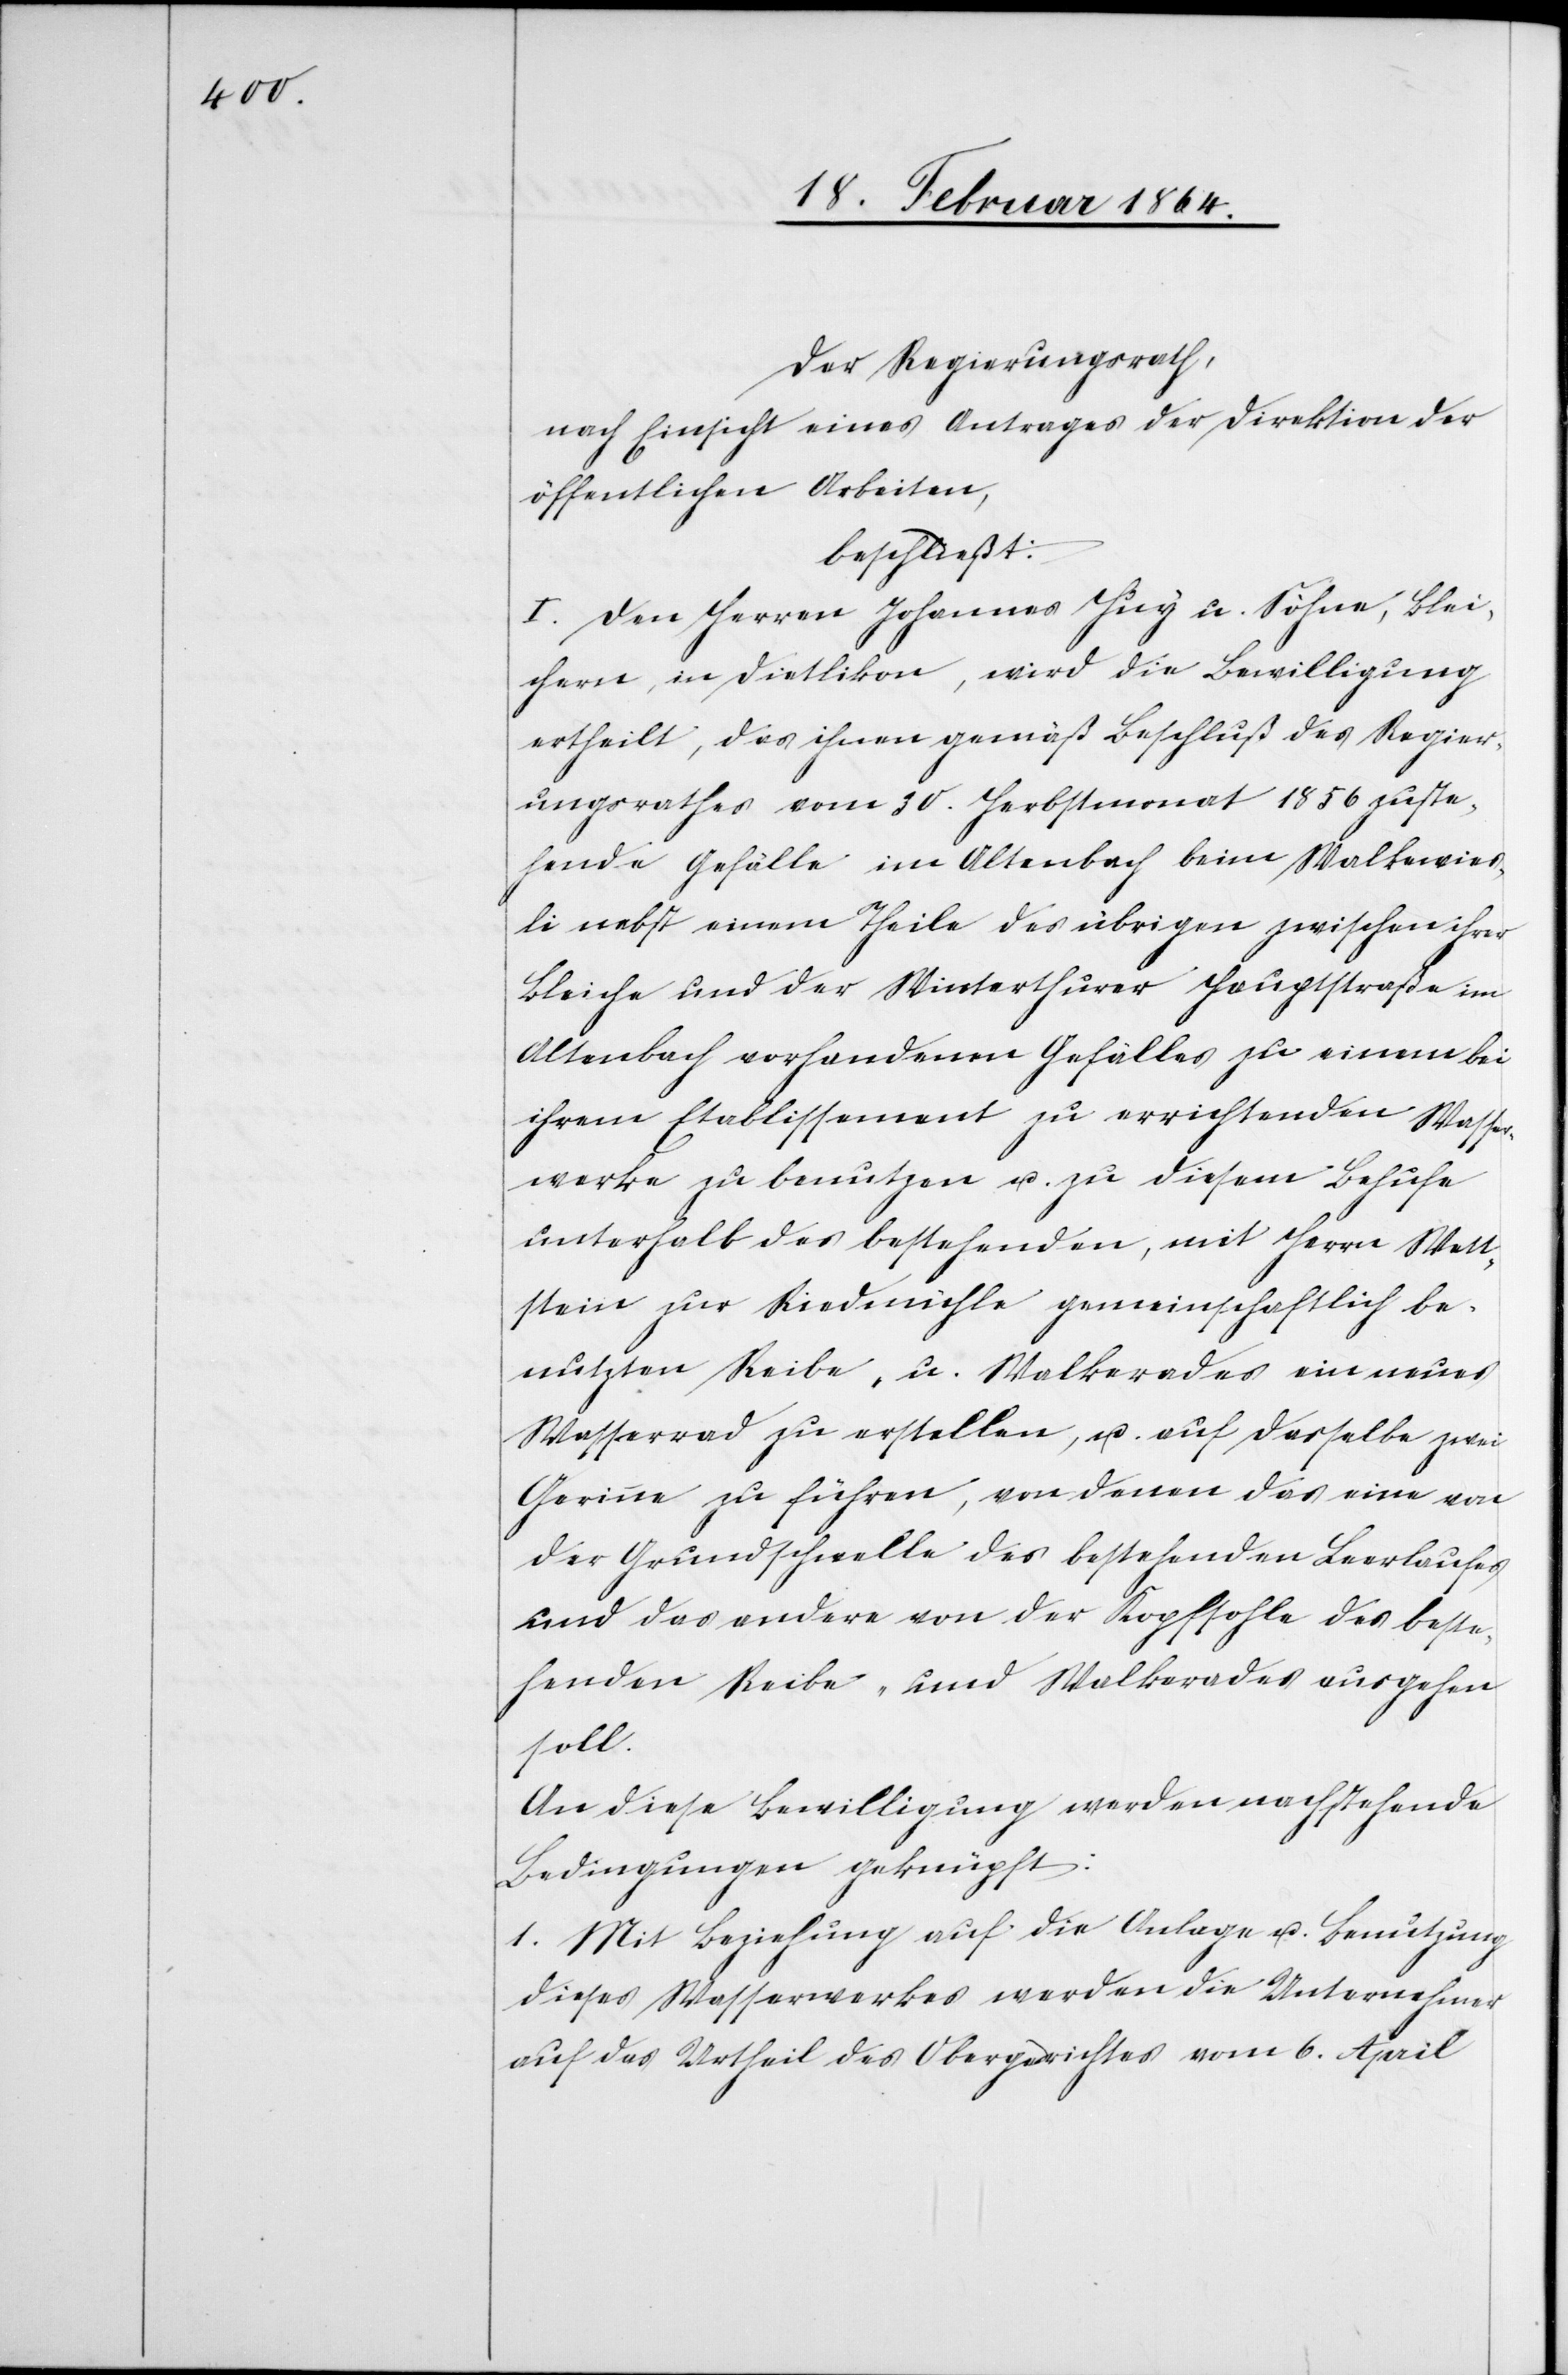
Der Regierungsrath,
nach Einsicht eines Antrages der Direktion der
öffentlichen Arbeiten,
beschließt:
I. Den Herren Johannes Huy u. Söhne, Blei¬
chern in Dietlikon, wird die Bewilligung
ertheilt, das ihnen gemäß Beschluß des Regier¬
ungsrathes vom 30. Herbstmonat 1856 zuste¬
hende Gefälle in Altenbach beim Walkewies¬
li nebst einem Theile des übrigen zwischen ihrer
Bleiche und der Winterthurer Hauptstraße im
Altenbach vorhandenen Gefälles zu einem bei
ihrem Etablissement zu errichtenden Wasser¬
werke zu benutzen u. zu diesem Behufe
unterhalb des bestehenden, mit Herrn Wett¬
stein zur Riedmühle gemeinschaftlich be¬
nutzten Reibe- u. Walkerades ein neues
Wasserrad zu erstellen, u. auf dasselbe zwei
Gerinne zu führen, von denen das eine von
der Grundschwelle des bestehenden Leerlaufes
und das andere von der Kopfsohle des beste¬
henden Reibe- und Walkerades ausgehen
soll.
An diese Bewilligung werden nachstehende
Bedingungen geknüpft:
1. Mit Beziehung auf die Anlage u. Benutzung
dieses Wasserwerkes werden die Unternehmer
auf das Urtheil des Obergerichtes vom 6. April